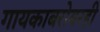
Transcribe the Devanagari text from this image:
गायकाबरोबरही